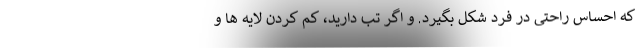
که احساس راحتی در فرد شکل بگیرد. و اگر تب دارید، کم کردن لایه ها و